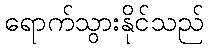
ရောက်သွားနိုင်သည်